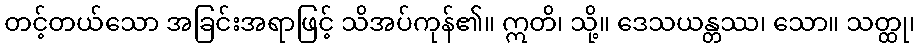
တင့်တယ်သော အခြင်းအရာဖြင့် သိအပ်ကုန်၏။ ဣတိ၊ သို့။ ဒေသယန္တဿ၊ သော။ သတ္ထု၊